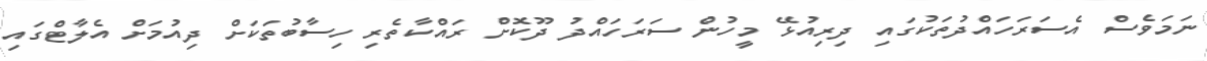
ނަމަވެސް އެސަރަހައްދުތަކުގައި ދިރިއުޅޭ މީހުން ސަރަހައްދު ދޫކޮށް ރައްކާތެރި ހިސާބުތަކަށް ދިއުމަށް އެލާޓްގައި